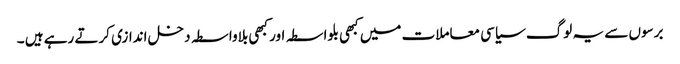
برسوں سے یہ لوگ سیاسی معاملات میں کبھی بلواسطہ اور کبھی بلاواسطہ دخل اندازی کرتے رہے ہیں ۔